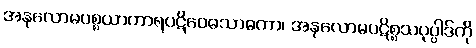
အနုလောမပစ္စယာကာရပဋိဝေဓသာဓကာ၊ အနုလောမပဋိစ္စသပုပ္ပါဒ်ကို